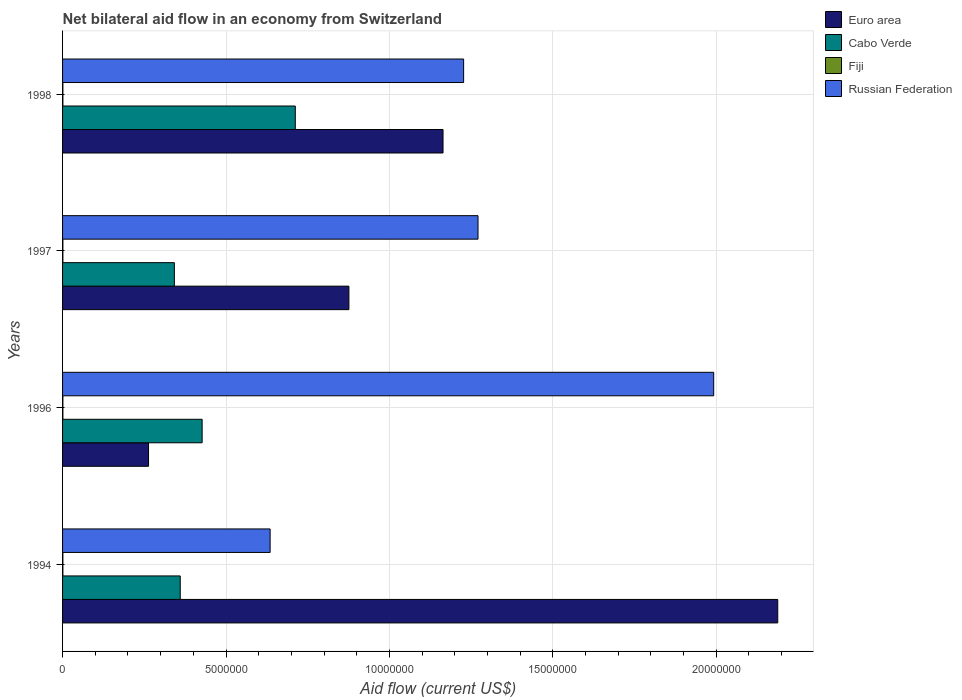
| Years | Euro area | Cabo Verde | Fiji | Russian Federation |
 | --- | --- | --- | --- | --- |
 | 1994 | 2.19e+07 | 3.6e+06 | 1e+04 | 6.35e+06 |
 | 1996 | 2.63e+06 | 4.27e+06 | 1e+04 | 1.99e+07 |
 | 1997 | 8.76e+06 | 3.42e+06 | 1e+04 | 1.27e+07 |
 | 1998 | 1.16e+07 | 7.12e+06 | 1e+04 | 1.23e+07 |